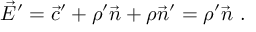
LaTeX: { \vec { E } } ^ { \prime } = { \vec { c } } ^ { \prime } + \rho ^ { \prime } { \vec { n } } + \rho { \vec { n } } ^ { \prime } = \rho ^ { \prime } { \vec { n } } \ .